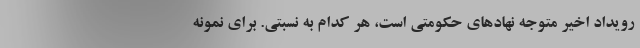
رویداد اخیر متوجه نهادهای حکومتی است، هر کدام به نسبتی. برای نمونه